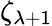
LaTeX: \zeta_{\lambda+1}